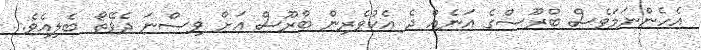
އެހެންނަމަވެސް ބްރޫސްގެ އަނެއް ދެ އެކުވެރިން ބްރޫސް އަށް ވިސްނަ ދެވޭތޯ ބެލިއެވެ.